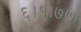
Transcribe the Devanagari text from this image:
६।१।७७